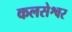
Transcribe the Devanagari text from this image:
कलसेश्वर